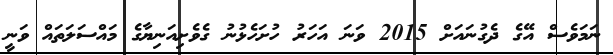
ނަމަވެސް އޭގެ ދެގުނައަށް 2015 ވަނަ އަހަރު ހުށަހެޅުނު ގެވެށިއަނިޔާގެ މައްސަލަތައް ވަނީ